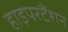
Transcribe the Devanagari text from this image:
हाइपरटैंशन